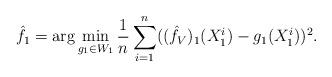
LaTeX: \begin{align*} \hat{f}_1=\arg\min_{g_1\in W_1} \frac{1}{n}\sum_{i=1}^n((\hat{f}_V)_1(X_1^i)-g_1(X_1^i))^2.\end{align*}